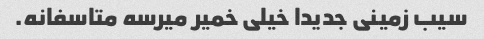
سیب زمینی جدیدا خیلی خمیر میرسه متاسفانه.